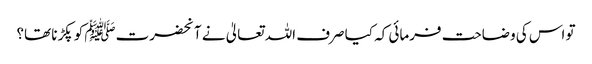
تو اس کی وضاحت فرمائی کہ کیا صرف اللہ تعالیٰ نے آنحضرتﷺ کو پکڑنا تھا؟